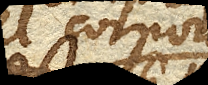
vel corpora